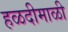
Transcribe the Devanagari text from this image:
हळदीमाळी